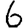
Digit: 6